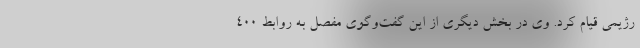
رژیمی قیام کرد. وی در بخش دیگری از این گفت‌وگوی مفصل به روابط ۴۰۰